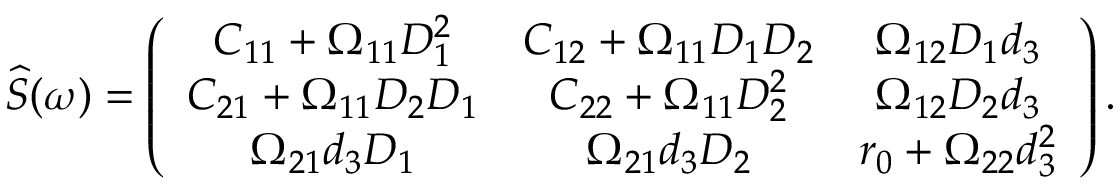
\widehat { S } ( \omega ) = \left( \begin{array} { c c c } { C _ { 1 1 } + \Omega _ { 1 1 } D _ { 1 } ^ { 2 } } & { C _ { 1 2 } + \Omega _ { 1 1 } D _ { 1 } D _ { 2 } } & { \Omega _ { 1 2 } D _ { 1 } d _ { 3 } } \\ { C _ { 2 1 } + \Omega _ { 1 1 } D _ { 2 } D _ { 1 } } & { C _ { 2 2 } + \Omega _ { 1 1 } D _ { 2 } ^ { 2 } } & { \Omega _ { 1 2 } D _ { 2 } d _ { 3 } } \\ { \Omega _ { 2 1 } d _ { 3 } D _ { 1 } } & { \Omega _ { 2 1 } d _ { 3 } D _ { 2 } } & { r _ { 0 } + \Omega _ { 2 2 } d _ { 3 } ^ { 2 } } \end{array} \right) .